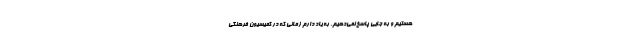
هستیم و به جایی پاسخ نمی‌دهیم. به یاد دارم زمانی که در کمیسیون فرهنگی